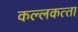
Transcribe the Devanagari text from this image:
कल्‍लकत्‍ता